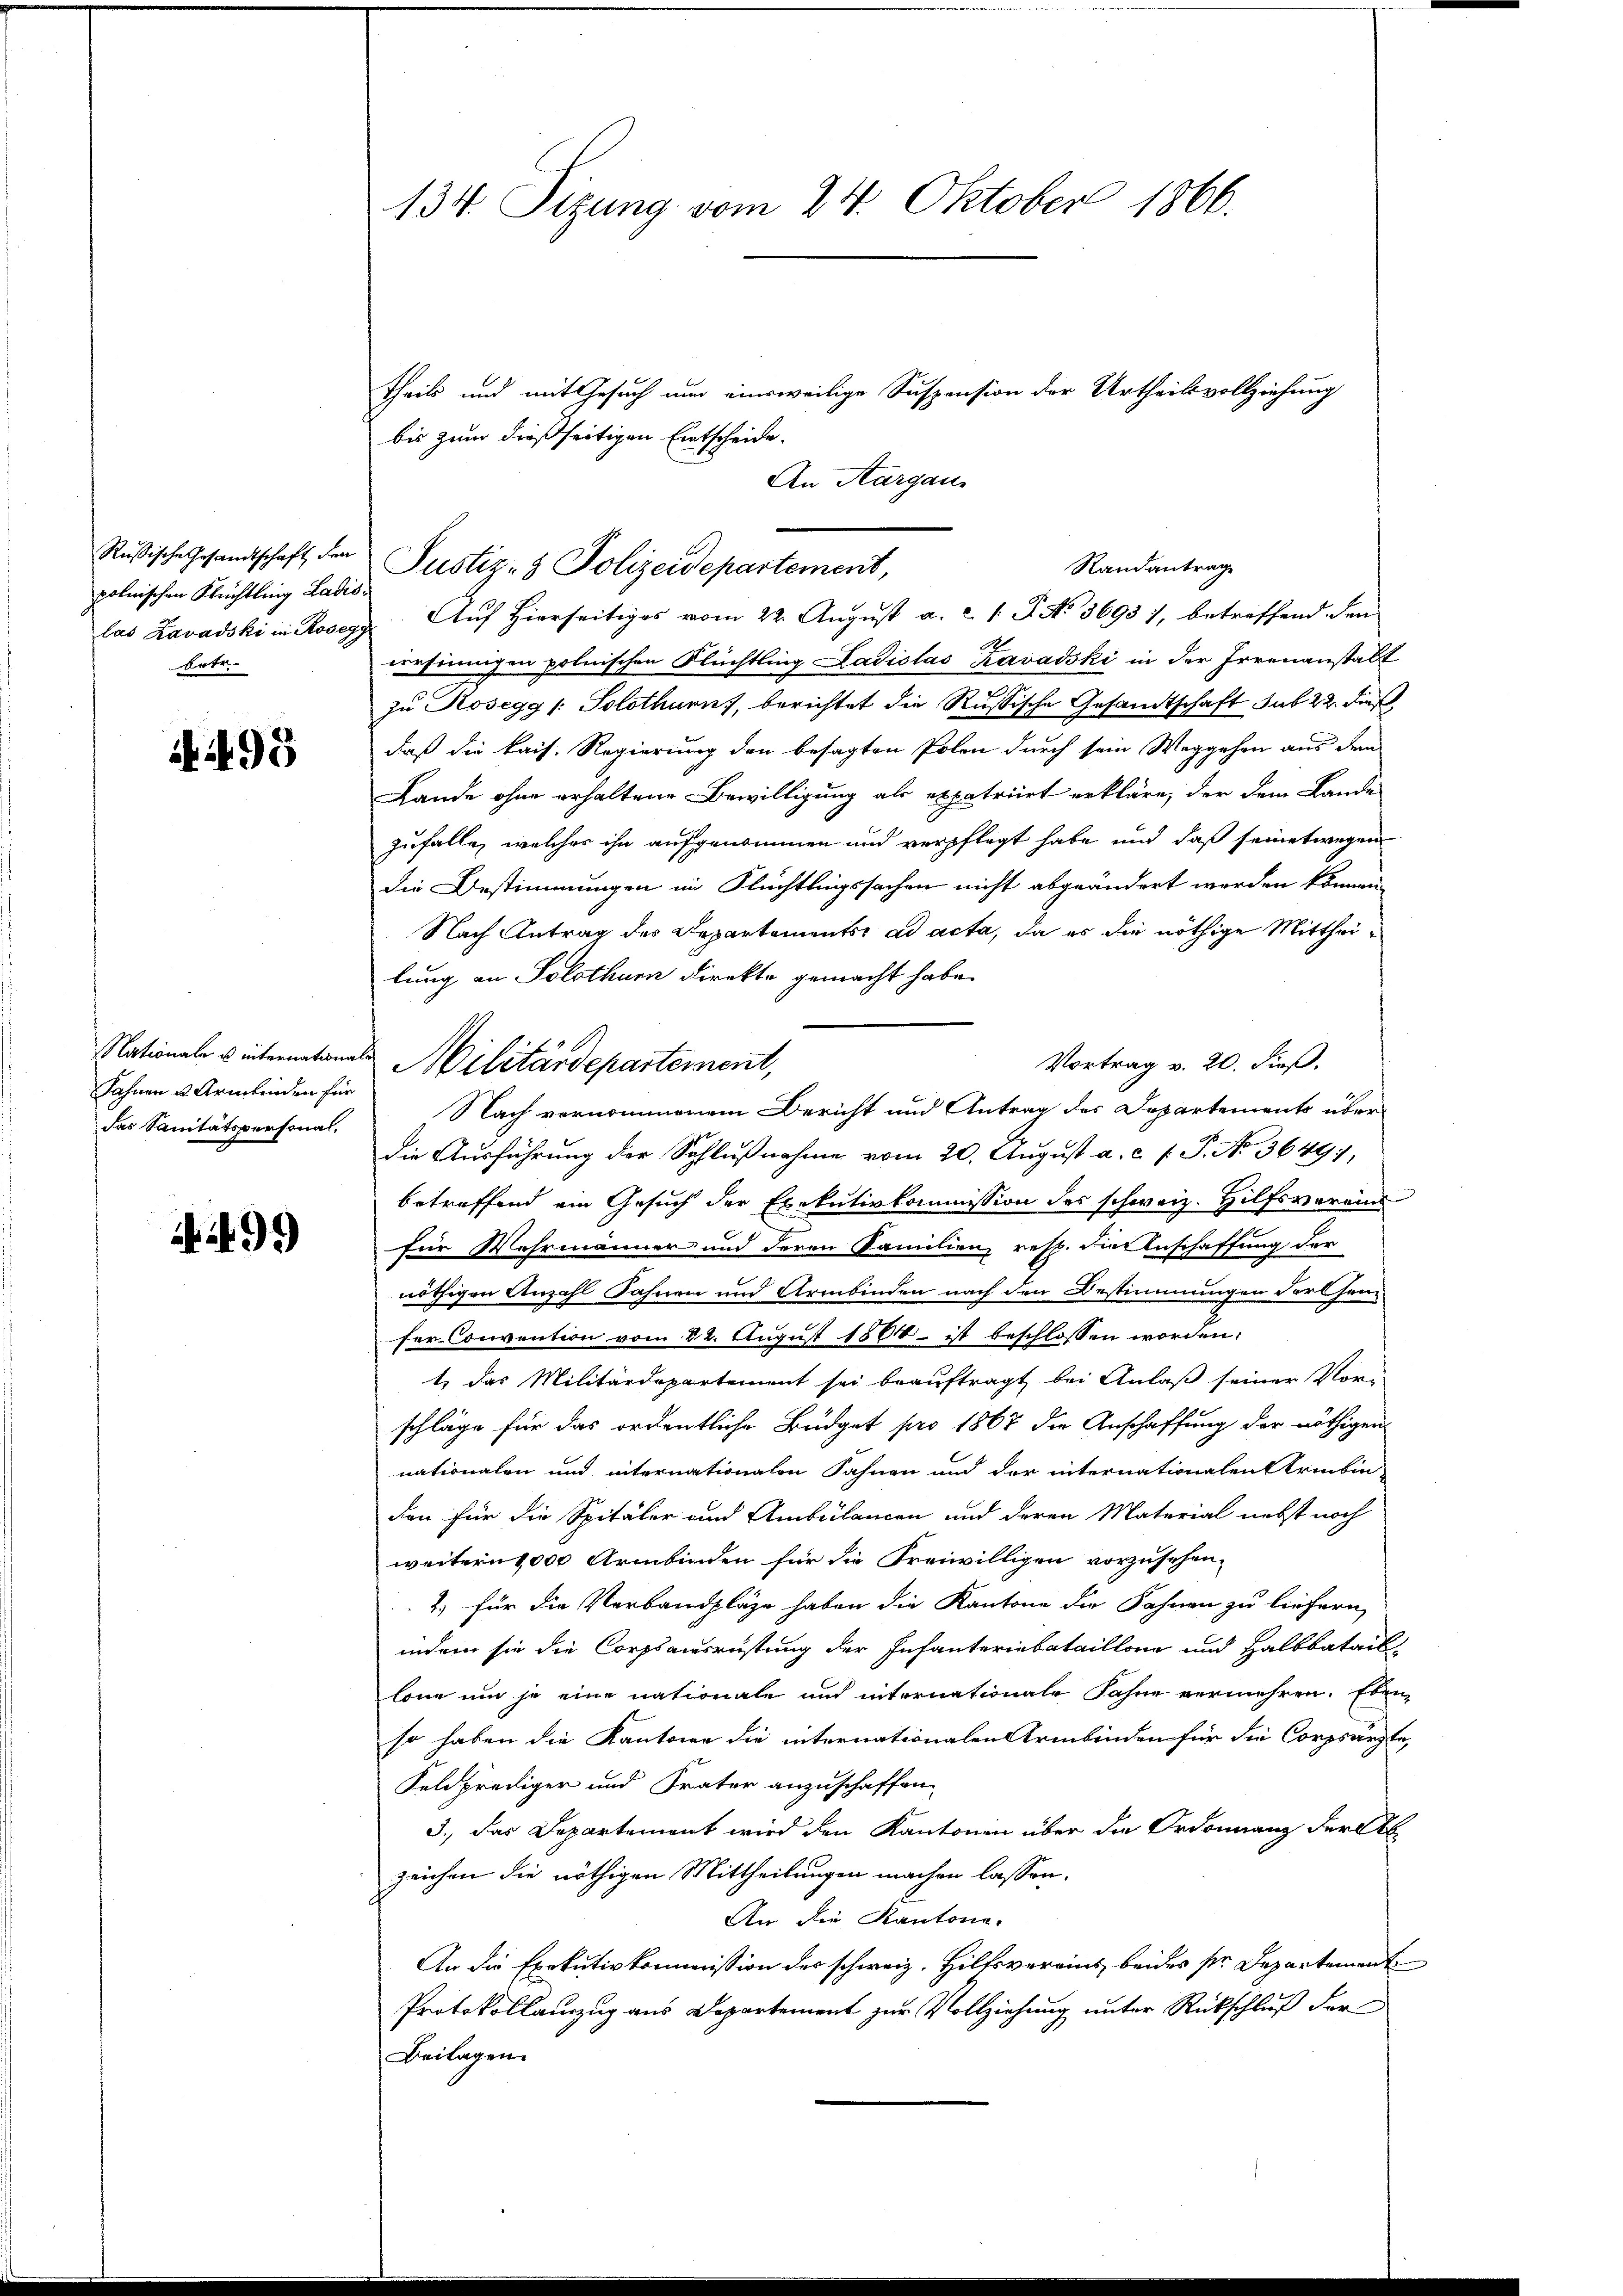
Rußische Gesandtschaft den
polnischen Flüchtling Ladisbetr.

495

Nationale u internatione
Fahnen u. Armbinden für
das Sanitätspersonal¬

i 499

134 Tizung vom 24. Oktober 1866.

Theils und mit Gesuch nun einsweilige Suspension der Urtheilsvollziehung
bis zum dießseitigen Entscheide.
An Aargaus
las Lavadski in Rosen Aŭf Hierseitiges vom 22. Aŭgŭst a. c. l. J. No. 3695), betreffend den
versinnigen polnischen Flüchtling Ladislas Kavadski in der Irrenanstalt
zu Kosegg /: Solothurn, berichtet die Russische Gesandtschaft sub 22. dieß
daß die kais. Regierung den besagten Polen durch sein Weggehen aus dem
Lande ohne erhaltene Bewilligung als expatriert erkläre, der dem Lande
zufalle, welches ihn aufgenommen und verpflegt habe und daß seinetwegen
die Bestimmungen im Flüchtlingssachen nicht abgeändert werden können.
Nach Antrag des Departements ad acta, da es die nöthige Mittheilung an Solothurn direkte gemacht habe.
Vortrag v. 20. dieß.
Nach vernommenem Bericht und Antrag des Departements überdie Ausführung der Schlußnahme vom 20. August a. c. s. S. No. 3649,
betreffend ein Gesuch der Exekutivkommission des schweiz. Hilfsvereins
für Wahrmänner und deren Familien, resp. die Anschaffung der
nöthigen Anzahl Sahnen und Armbinden nach den Bestimmungen dort han-
ser Convention vom 22. August 1864 ist beschlossen worden.
t das Militärdepartement sei beauftragt bei Anlaß seiner Vor-
schläge für das ordentliche Büdget pro 1867 die Anschaffung der nöthigen
nationalen und internationalen Fahnen und der internationalen Armbin
den für die Spitäler und Ambülancen und deren Material nebst noch
weitern 1000 Armbinden für die Freiwilligen vorzusehen,
1.) für die Verbandpläge haben die Kantone die Fahnen zu liefern,
indem sie die Corpsausrüstung der Infanteriebataillone und Halbbataillone um je eine nationale und internationale Fahne vermehren. Eben
so haben die Kantone die internationalen Armbinden für die Corpsärzte,
Feldprediger und Frater anzuschaffen
3.) Das Departement wird den Kantonen über die Ordonnanz der b
zeichen die nöthigen Mittheilungen machen lassen.
An die Kantone.
An die Exekutivkommission des schweiz. Hiltsvereins beides sr. Departement
Protokollauszug aus Departement zur Vollziehung unter Rückschluß der
Beilagen.

Randantrag
Justiz- & Polizeidepartement,

Militärdepartement,